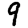
Digit: 9